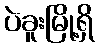
ပဲခူးမြို့ရှိ